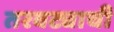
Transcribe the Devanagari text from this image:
तरवट्याची